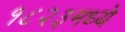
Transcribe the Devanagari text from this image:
१८२३मध्ये